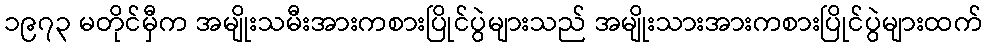
၁၉၇၃ မတိုင်မှီက အမျိုးသမီးအားကစားပြိုင်ပွဲများသည် အမျိုးသားအားကစားပြိုင်ပွဲများထက်